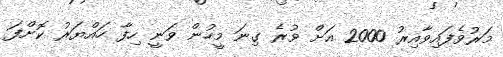
މަރުވެފައިވާއިރު 2000 އަށް ވުރެ ގިނަ މީހުން ވަނީ ހިފާ ހައްޔަރު ކޮށްފަ